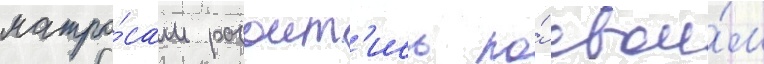
матро́сам разоит'ись по́ свои́м